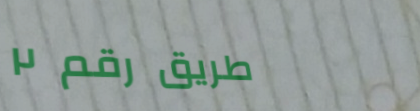
طريق رقم ٢